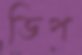
ডিপ